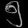
Digit: ၅